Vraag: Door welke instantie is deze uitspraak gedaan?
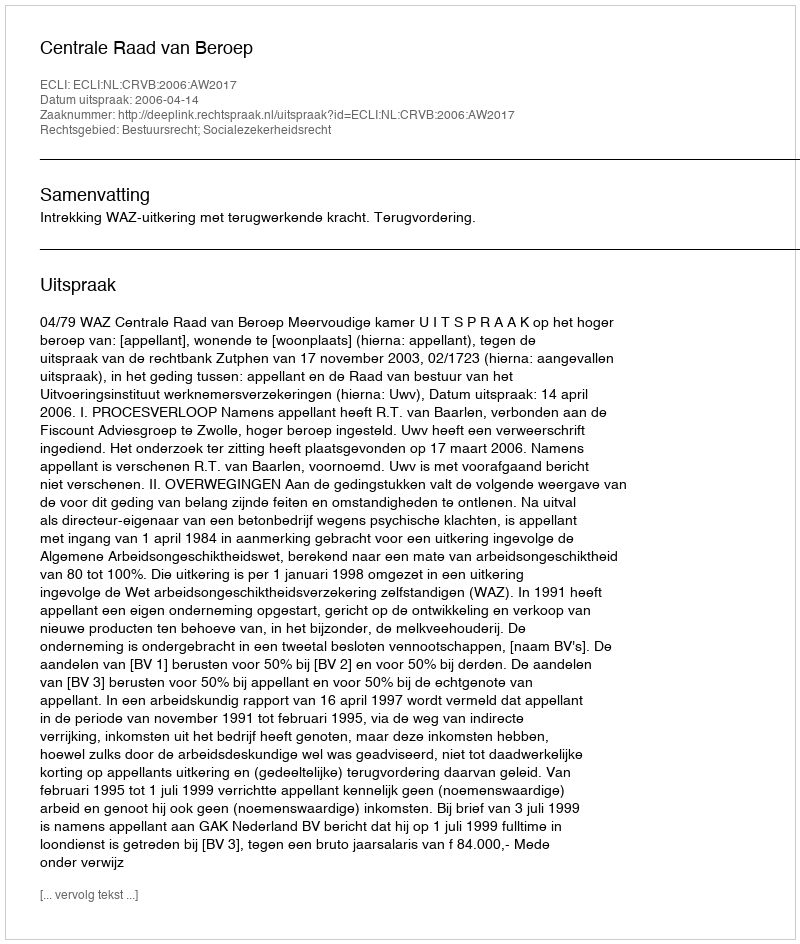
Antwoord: Centrale Raad van Beroep